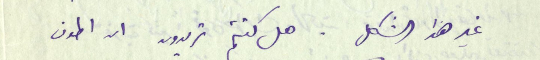
غير هذا الشكل. هل كنتم تريدون ان اطوف